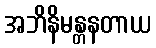
အဘိနိမန္တနတာယ